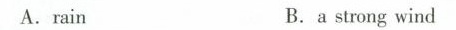
A.rain B.a strong wind